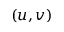
( u , v )